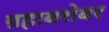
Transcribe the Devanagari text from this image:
ग्रहाबरोबर